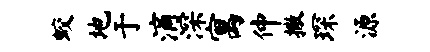
蛟地于滴深寓仲撒琛源